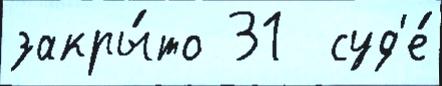
закры́то 31  суд'е́